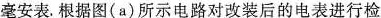
毫安表。根据图(a)所示电路对改装后的电表进行检